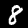
Label: 8